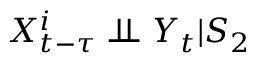
X _ { t - \tau } ^ { i } \perp \! \! \! \perp Y _ { t } | S _ { 2 }